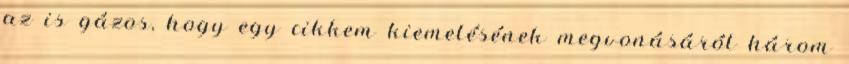
az is gázos, hogy egy cikkem kiemelésének megvonásáról három